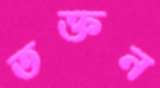
তক্তন